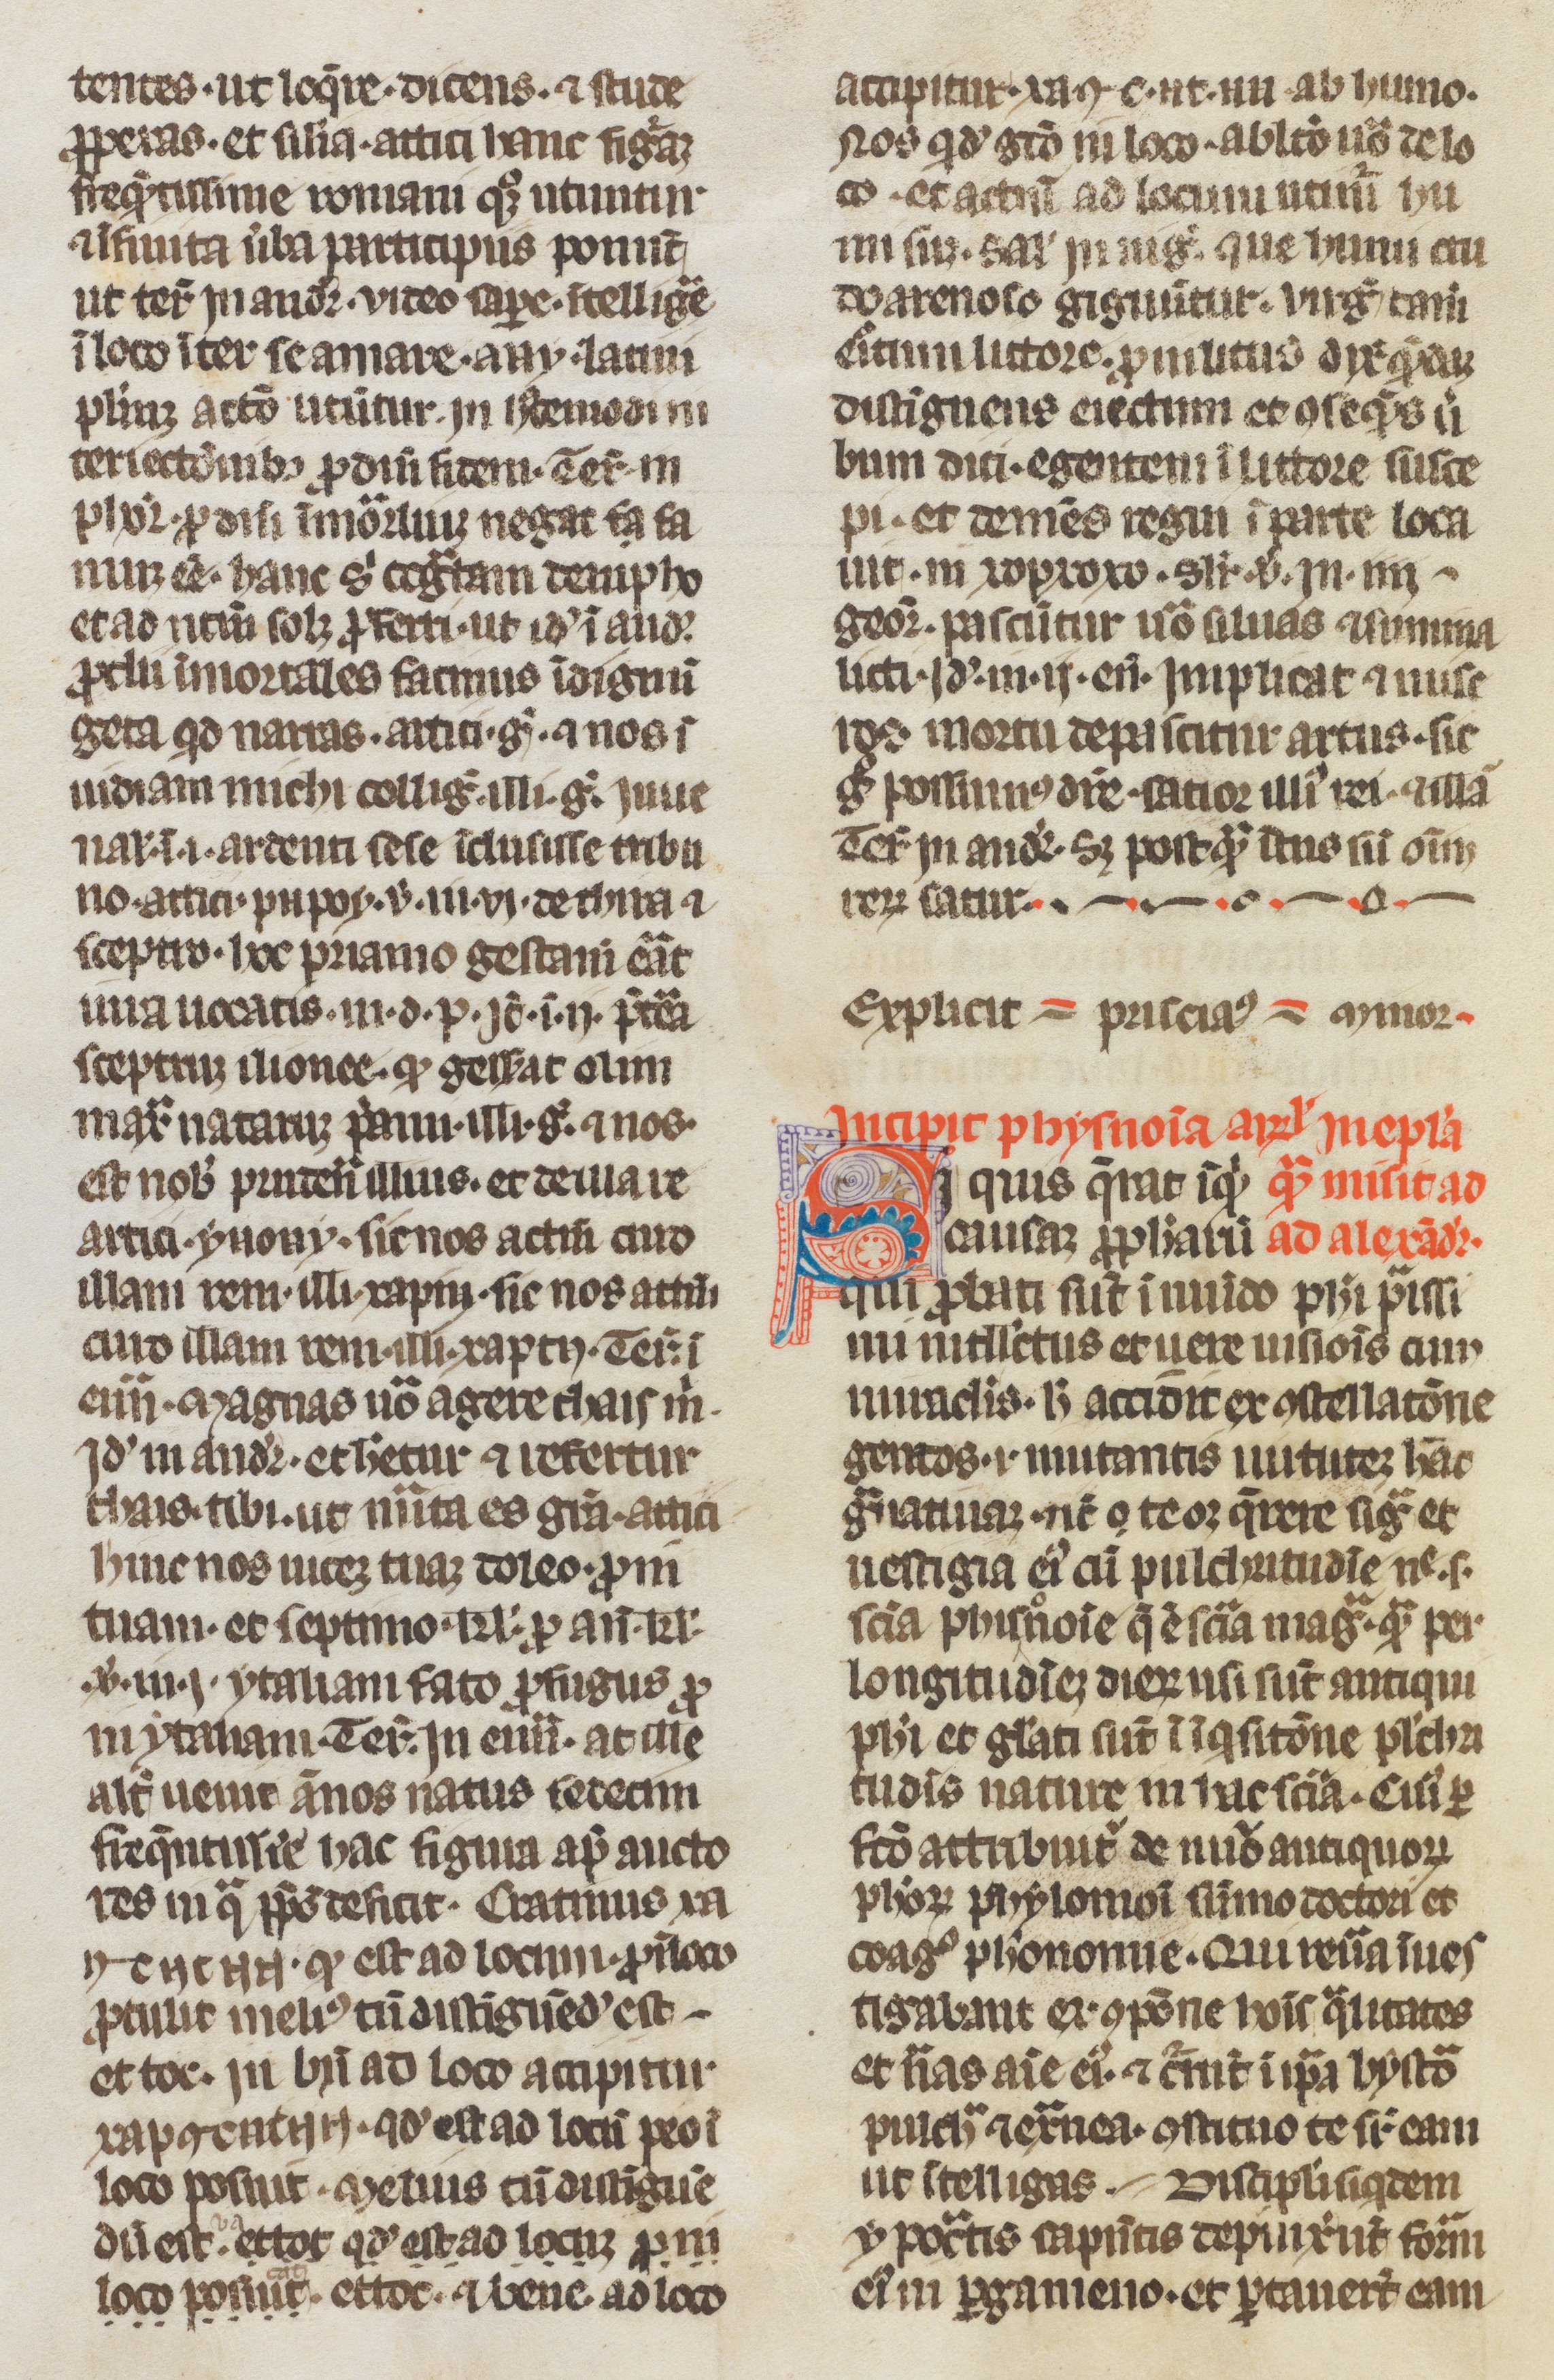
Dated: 1300–1315